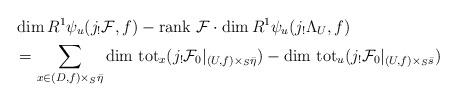
LaTeX: \begin{align*}&\dim R^1\psi_u(j_!{\cal F},f)-{\rm rank}\ {\cal F}\cdot\dim R^1\psi_u (j_!\Lambda_U,f)\\&=\sum_{x\in (D,f)\times _S{\bar \eta}}{\rm dim\ tot}_x(j_!{\cal F}_0|_{(U,f)\times_S{\bar \eta}})-{\rm dim\ tot}_u(j_!{\cal F}_0|_{(U,f)\times_S{\bar s}})\end{align*}